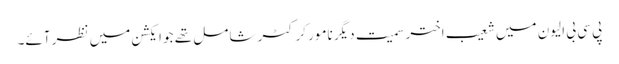
پی سی بی الیون میں شعیب اختر سمیت دیگر نامور کرکٹر شامل تھے جو ایکشن میں نظر آئے۔